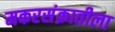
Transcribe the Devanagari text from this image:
मकरसंक्रातीला